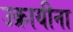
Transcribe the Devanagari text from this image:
उक्रायीना